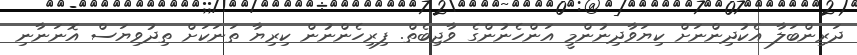
ދަރިންބަލާ އެކުދިންނަށް ކިޔަވާދިނުންމީ އަންހެނުންގެ ވާޖިބެތް. ފިރިހެންނުން ކިރިޔާ ތަނަކަށް ތިދުވިޔަސް އޮނަނާނި